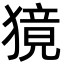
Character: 獍